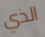
الذي